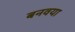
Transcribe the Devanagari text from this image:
बनवया